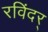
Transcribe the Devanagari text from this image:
रविंदर्